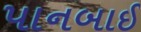
પાનબાઈ